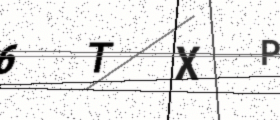
Text: 6TXP